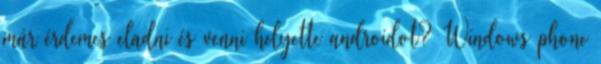
már érdemes eladni és venni helyette androidot? Windows phone